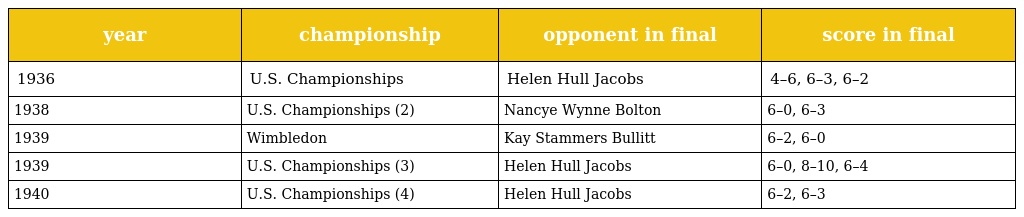
| year | championship | opponent in final | score in final |
 | --- | --- | --- | --- |
 | 1936 | U.S. Championships | Helen Hull Jacobs | 4–6, 6–3, 6–2 |
 | 1938 | U.S. Championships (2) | Nancye Wynne Bolton | 6–0, 6–3 |
 | 1939 | Wimbledon | Kay Stammers Bullitt | 6–2, 6–0 |
 | 1939 | U.S. Championships (3) | Helen Hull Jacobs | 6–0, 8–10, 6–4 |
 | 1940 | U.S. Championships (4) | Helen Hull Jacobs | 6–2, 6–3 |